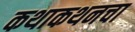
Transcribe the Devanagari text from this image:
कथाकथनचा